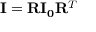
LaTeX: \mathbf { I } = \mathbf { R } \mathbf { I _ { 0 } } \mathbf { R } ^ { T }